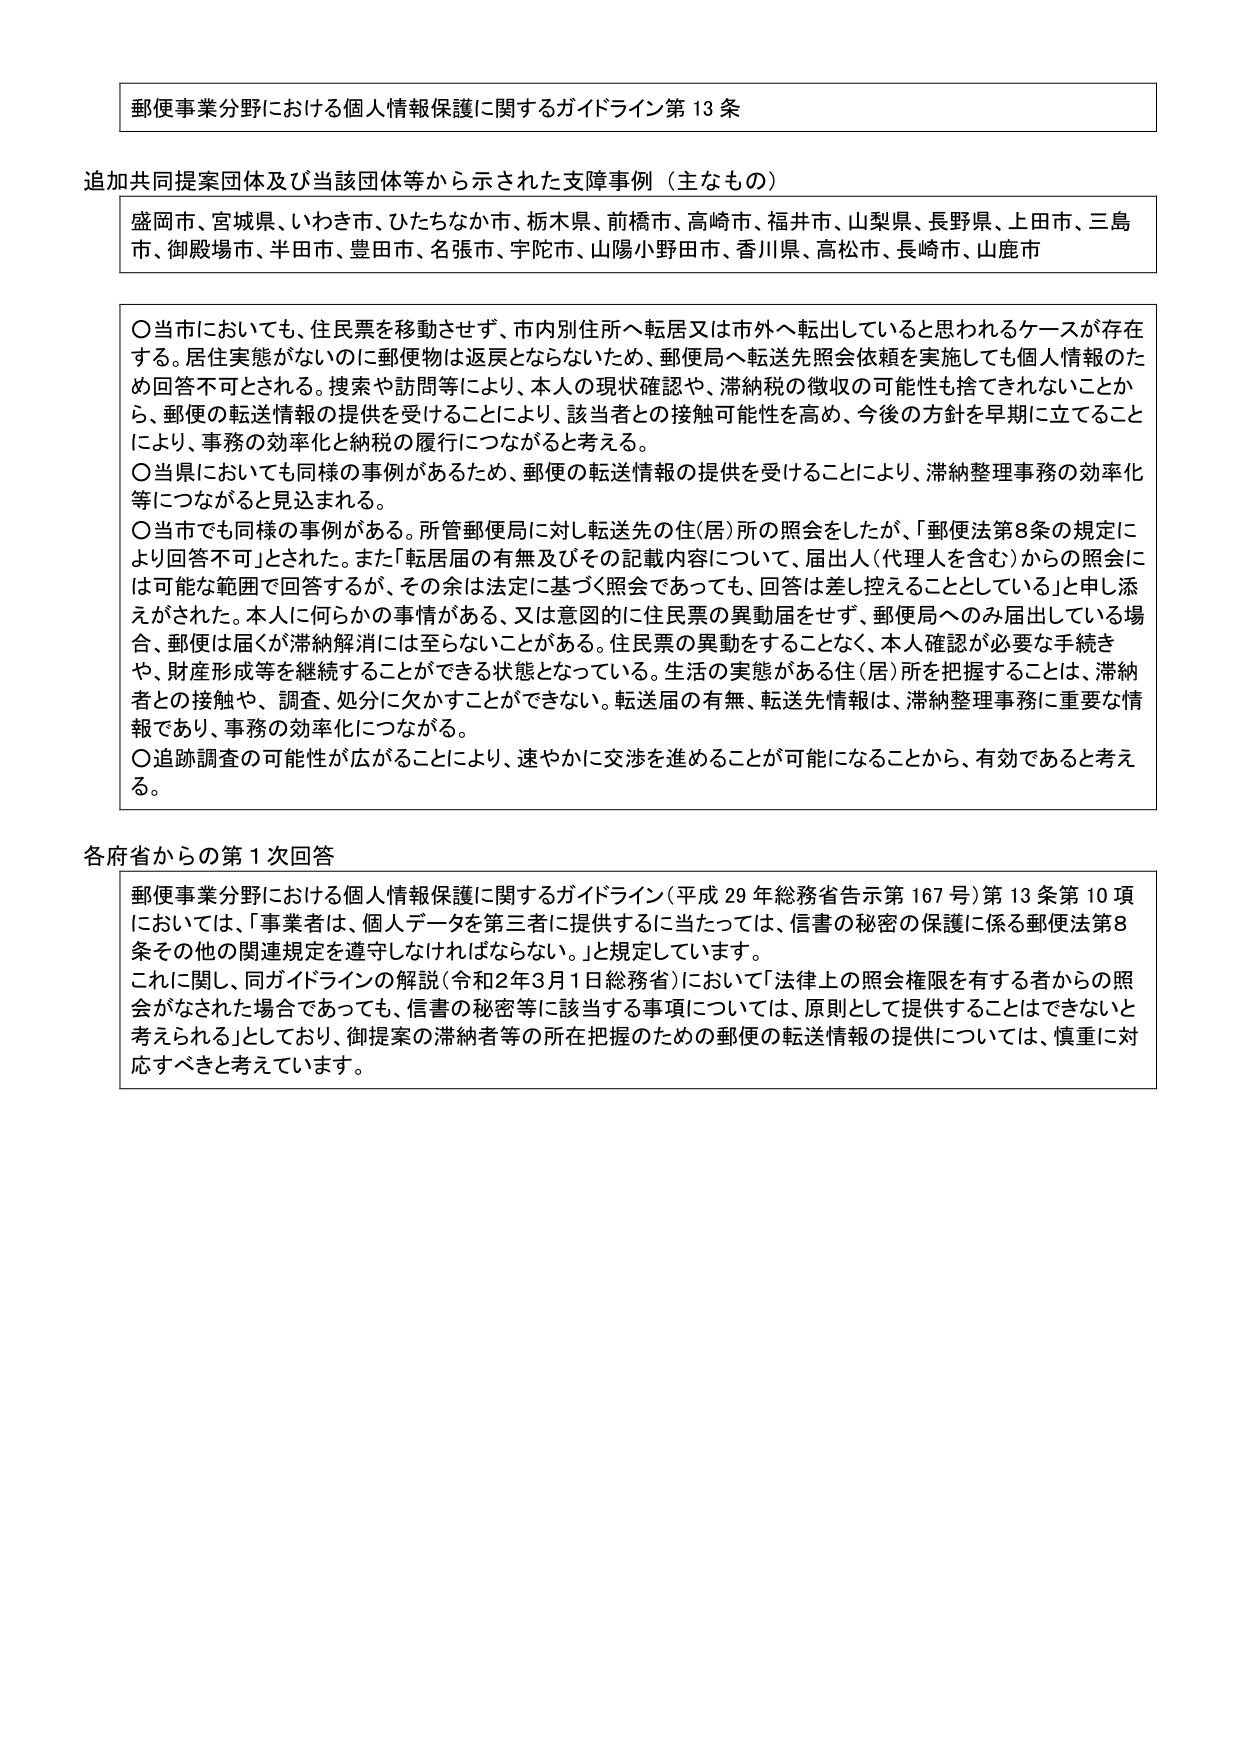
郵便事業分野における個人情報保護に関するガイドライン第13条

追加共同提案団体及び当該団体等から示された支援事例（主なもの）
盛岡市、宮城県、いわき市、ひたちなか市、栃木県、前橋市、高崎市、福井市、山梨県、長野県、上田市、三島市、御殿場市、半田市、豊田市、名張市、宇陀市、山陽小野田市、香川県、高松市、長崎市、山鹿市

〇当市においても、住民票を移動させず、市内別住所へ転居又は市外へ転出していると思われるケースが存在する。居住実態がないのに郵便物は返戻とならないため、郵便局へ転送先照会依頼を実施しても個人情報のため回答不可とされる。捜索や訪問等により、本人の現状確認や、滞納税の徴収の可能性も捨てきれないことから、郵便の転送情報の提供を受けることにより、該当者との接触可能性を高め、今後の方針を早期に立てることにより、事務の効率化と納税の履行につながると考える。
〇当県においても同様の事例があるため、郵便の転送情報の提供を受けることにより、滞納整理事務の効率化等につながると見込まれる。
〇当市でも同様の事例がある。所管郵便局に対し転送先の住(居)所の照会をしたが、「郵便法第8条の規定により回答不可」とされた。また「転居届の有無及びその記載内容について、届出人(代理人を含む)からの照会には可能な範囲で回答するが、その余は法定に基づく照会であっても、回答は差し控えることとしている」と申し添えがされた。本人に何らかの事情がある、又は意図的に住民票の異動届をせず、郵便局へのみ届出している場合、郵便は届くが滞納解消には至らないことがある。住民票の異動をすることなく、本人確認が必要な手続きや、財産形成等を継続することができる状態となっている。生活の実態がある住(居)所を把握することは、滞納者との接触や、調査、処分に欠かすことができない。転送届の有無、転送先情報は、滞納整理事務に重要な情報であり、事務の効率化につながる。
〇追跡調査の可能性が広がることにより、速やかに交渉を進めることができるようになることから、有効であると考える。

各府省からの第1次回答
郵便事業分野における個人情報保護に関するガイドライン(平成29年総務省告示第167号)第13条第10項においては、「事業者は、個人データを第三者に提供するに当たっては、信書の秘密の保護に係る郵便法第8条その他の関連規定を遵守しなければならない。」と規定しています。
これに関し、同ガイドラインの解説(令和2年3月1日総務省)において「法律上の照会権限を有する者からの照会がなされた場合であっても、信書の秘密等に該当する事項については、原則として提供することはできないと考えられる」としており、御提案の滞納者等の所在把握のための郵便の転送情報の提供については、慎重に対応すべきと考えています。